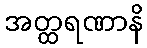
အတ္ထရဏာနိ